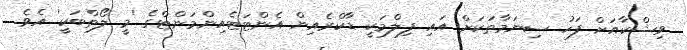
ވިޝްކާއަށް ފަހު ސިނަމާތަކަށް އައި ފިލްމަކީ ޑާކްރެއިން އެންޓަޓެއިންމަންޓްގެ 'މީ ލޯތްބަކީ' އެވެ.